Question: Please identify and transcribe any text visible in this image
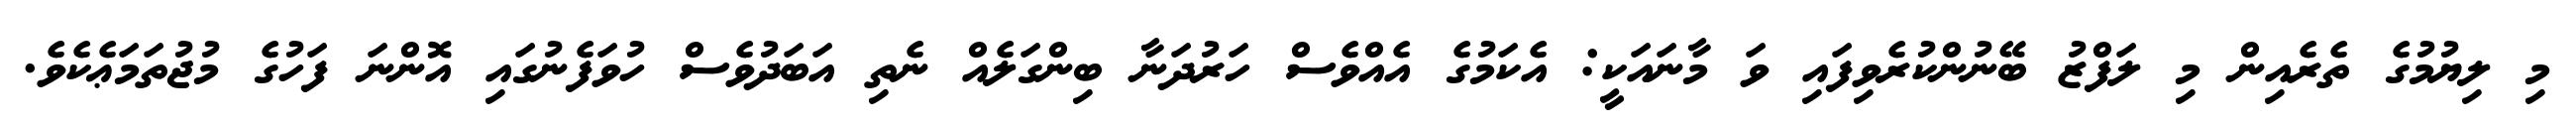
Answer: މި ލިޔުމުގެ ތެރެއިން މި ލަފްޒު ބޭނުންކުރެވިފައި ވަ މާނައަކީ: އެކަމުގެ އެއްވެސް ހަރުދަނާ ބިންގަލެއް ނެތި އަބަދުވެސް ހުވަފެނުގައި އޮންނަ ފަހުގެ މުޖުތަމަޢެކެވެ.